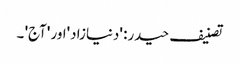
تصنیف حیدر: 'دنیازاد'اور 'آج' ۔